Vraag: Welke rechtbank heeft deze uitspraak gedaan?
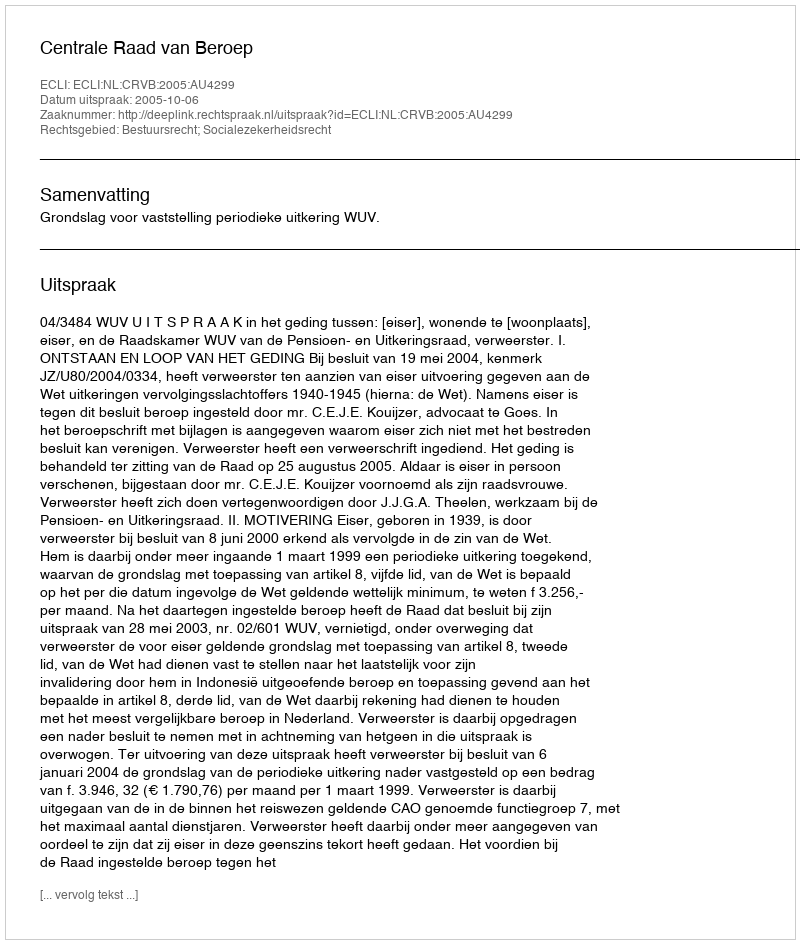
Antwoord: Centrale Raad van Beroep